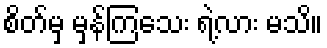
စိတ်မှ မှန်ကြသေး ရဲ့လား မသိ။